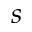
s